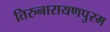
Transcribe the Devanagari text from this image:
तिरुनारायणपुरम